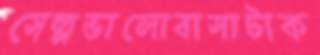
সেল্পভালোবাসাটাক